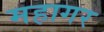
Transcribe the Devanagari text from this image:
महागर